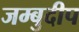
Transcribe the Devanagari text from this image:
जम्बुदीप